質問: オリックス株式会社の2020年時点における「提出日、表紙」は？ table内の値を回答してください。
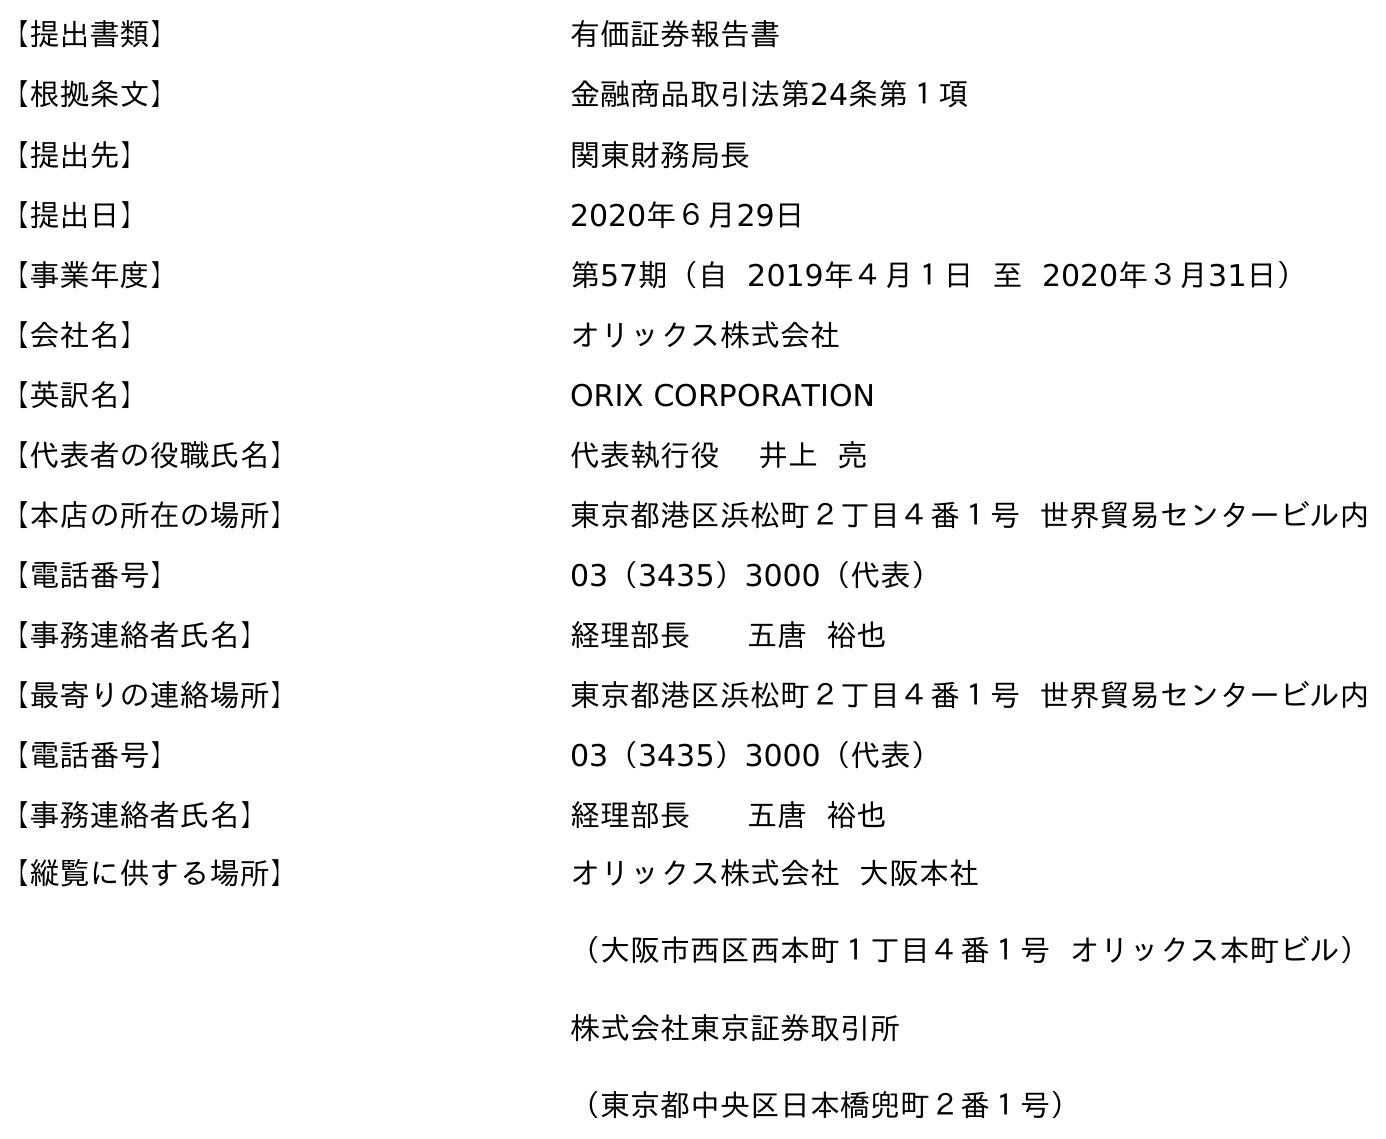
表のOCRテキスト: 【提出書類】 有価証券報告書 【根拠条文】 金融商品取引法第24条第１項 【提出先】 関東財務局長 【提出日】 2020年６月29日 【事業年度】 第57期（自 2019年４月１日 至 2020年３月31日） 【会社名】 オリックス株式会社 【英訳名】 ORIX CORPORATION 【代表者の役職氏名】 代表執行役 井上 亮 【本店の所在の場所】 東京都港区浜松町２丁目４番１号 世界貿易センタービル内 【電話番号】 03（3435）3000（代表） 【事務連絡者氏名】 経理部長 五唐 裕也 【最寄りの連絡場所】 東京都港区浜松町２丁目４番１号 世界貿易センタービル内 【電話番号】 03（3435）3000（代表） 【事務連絡者氏名】 経理部長 五唐 裕也 【縦覧に供する場所】 オリックス株式会社 大阪本社 （大阪市西区西本町１丁目４番１号 オリックス本町ビル） 株式会社東京証券取引所 （東京都中央区日本橋兜町２番１号）
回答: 2020年６月29日